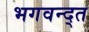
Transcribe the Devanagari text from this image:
भगवन्द्त